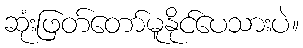
ဆုံးဖြတ်တော်မူနိုင်ပေသားပဲ။